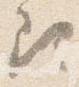
尋